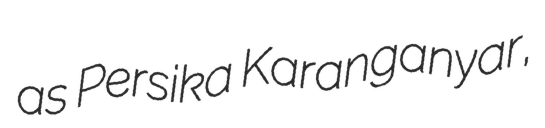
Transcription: as Persika Karanganyar,